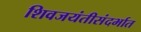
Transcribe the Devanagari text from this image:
शिवजयंतीसंदर्भात